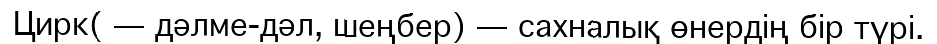
Цирк( — дәлме-дәл, шеңбер) — сахналық өнердің бір түрі.